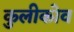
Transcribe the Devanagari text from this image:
कुलीकोव